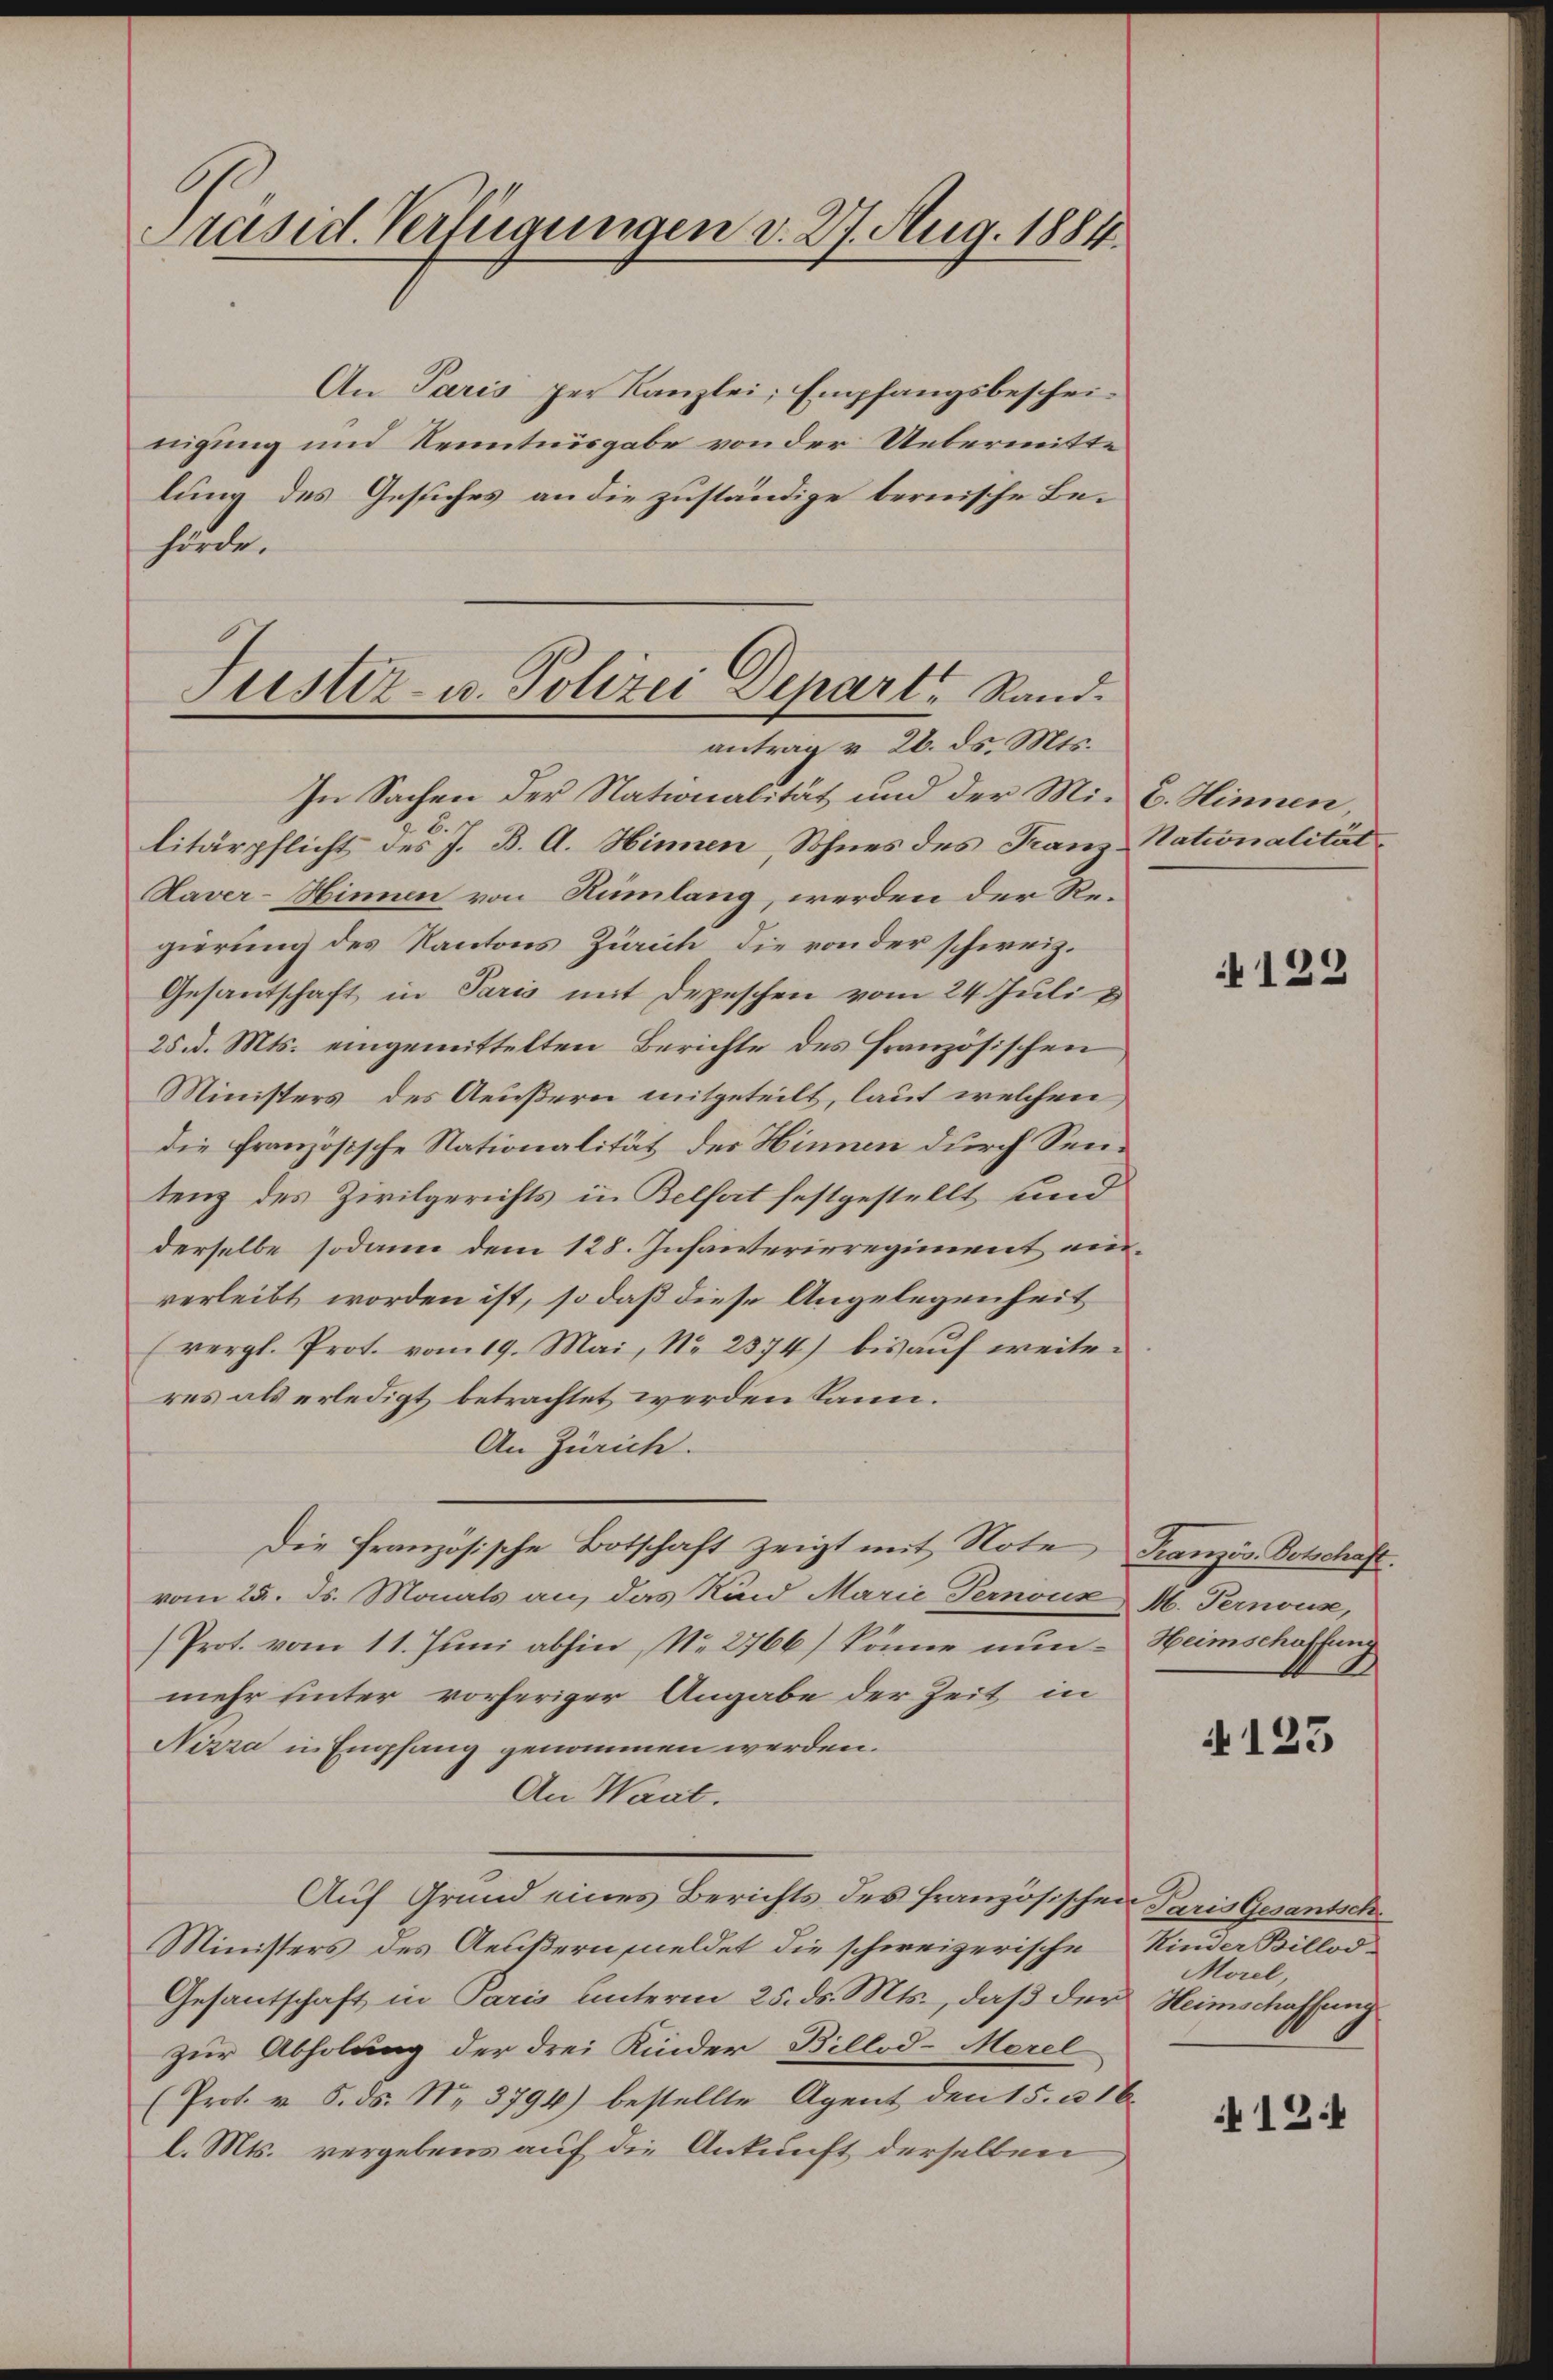
Präsid. Verfügungen d. 27. Aug. 1884.

An Paris per Kanzlei, Empfangsbescheinigung und Kenntnisgabe von der Uebermitte
lung des Gesiches an die zuständige bernische Behörde.
Justiz- u. Polizei Depart Rand.

antrag v. 26. ds. Mts.

In Sachen der Nationalität und der Mit C. Hinnen,
6.
litärpflicht des J. B. A. Hinnen, Sohnes des Franz-Nationalität
Haver-Hinnen von Rümlang, werden der Regierung des Kantons Zürich die von der schweiz.
Gesantschaft in Paris mit Depeschen vom 24. Juli
25. d. Mts. eingemittelten Berichte des Französischen
Ministers des Aeußern mitgeteilt, laut welchen
die französische Nationalität des Hinnen durch Sentenz des Zivilgerichts in Belfort festgestellt sind
derselbe sodann dem 128. Infanterieregiment einverleibt worden ist, so daß diese Angelegenheit
(vergl. Prot. vom 19. Mai, No 2574) bis auf weiter
res als erledigt betrachtet werden kann.
An Zürich.
Die französische Botschaft zeigt mit Note Französ. Botschaft.
vom 25. ds. Monats an, das Kind Marie Pernoux M. Pernouse,
Prot. vom 11. Juni abhin, No. 2766) könne nun - Heimschaffung
mehr unter vorheriger Angabe der Zeit in
Nizza in Empfang genommen werden.
An Waat.
Auf Grund eines Berichts des französischen Paris Gesandsch
Ministers des Aeußern meldet die schweizerische Kinder Billod-
Gesantschaft in Paris unterm 25. ds. Mts., daß der Heimschaffung
zur Abholung der drei Kinder Billod-Morel
(Prot. v. 5. ds. No. 3794) bestellte Agent den 15. u 16
l. Mts. vergebens auf die Ankunft derselben

122

4123

Morel,

121